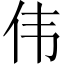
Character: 伟